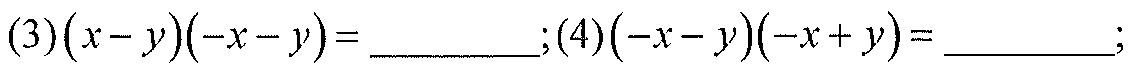
(3)\((x - y)(-x - y)=\)  __________ ;(4)\((-x - y)(-x + y)=\)  __________ ;